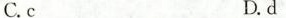
C.c D.d